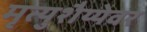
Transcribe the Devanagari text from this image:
मृत्युशैय्येवर